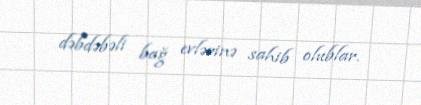
dəbdəbəli bağ evlərinə sahib olublar.